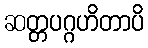
ဆတ္တပဂ္ဂဟိတာပိ